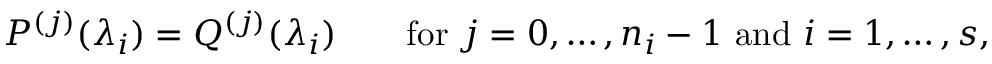
P ^ { ( j ) } ( \lambda _ { i } ) = Q ^ { ( j ) } ( \lambda _ { i } ) \qquad { \mathrm { f o r ~ } } j = 0 , \ldots , n _ { i } - 1 { \mathrm { ~ a n d ~ } } i = 1 , \ldots , s ,